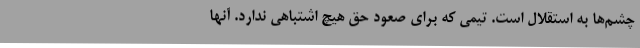
چشم‌ها به استقلال است. تیمی که برای صعود حق هیچ اشتباهی ندارد. آنها